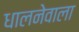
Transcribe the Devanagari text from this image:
धालनेवाला